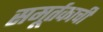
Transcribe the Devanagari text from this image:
समूर्तकाची